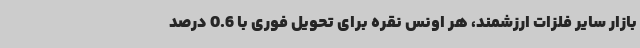
بازار سایر فلزات ارزشمند، هر اونس نقره برای تحویل فوری با 0.6 درصد